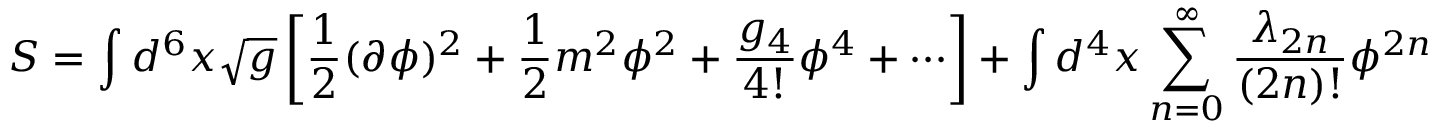
S = \int d ^ { 6 } x \sqrt { g } \left[ { \frac { 1 } { 2 } } ( \partial \phi ) ^ { 2 } + { \frac { 1 } { 2 } } m ^ { 2 } \phi ^ { 2 } + { \frac { g _ { 4 } } { 4 ! } } \phi ^ { 4 } + \cdots \right] + \int d ^ { 4 } x \sum _ { n = 0 } ^ { \infty } { \frac { \lambda _ { 2 n } } { ( 2 n ) ! } } \phi ^ { 2 n }